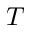
T